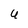
Character: U